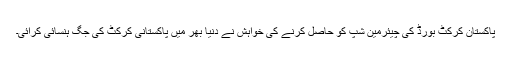
پاکستان کرکٹ بورڈ کی چیئرمین شپ کو حاصل کرنے کی خواہش نے دنیا بھر میں پاکستانی کرکٹ کی جگ ہنسائی کرائی۔